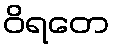
ဝိရတေ